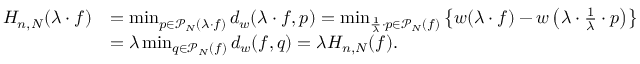
\begin{array} { r l } { H _ { n , N } ( \lambda \cdot f ) } & { = \operatorname* { m i n } _ { p \in \mathscr { P } _ { N } ( \lambda \cdot f ) } d _ { w } ( \lambda \cdot f , p ) = \operatorname* { m i n } _ { \frac { 1 } { \lambda } \cdot p \in \mathscr { P } _ { N } ( f ) } \left\{ w ( \lambda \cdot f ) - w \left( \lambda \cdot \frac { 1 } { \lambda } \cdot p \right) \right\} } \\ & { = \lambda \operatorname* { m i n } _ { q \in \mathscr { P } _ { N } ( f ) } d _ { w } ( f , q ) = \lambda H _ { n , N } ( f ) . } \end{array}